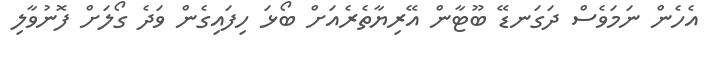
އެހެން ނަމަވެސް ދަގަނޑޭ ބޫޓާން އޭރިޔާތެރެއަށް ބޯޅަ ހިފައިގެން ވަދެ ގޯލަށް ފޮނުވާލި